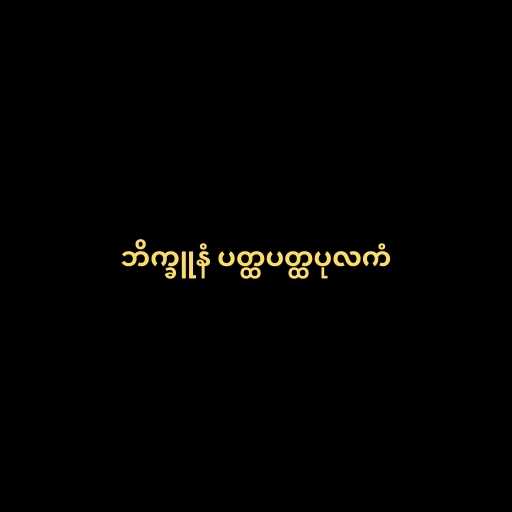
ဘိက္ခူနံ ပတ္ထပတ္ထပုလကံ